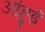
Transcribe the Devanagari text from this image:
आंहुई